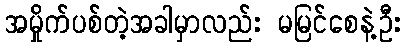
အမှိုက်ပစ်တဲ့အခါမှာလည်း မမြင်စေနဲ့ဦး